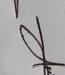
Signature authenticity: genuine